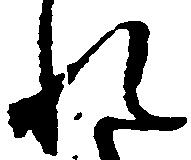
れ